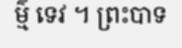
ម៌្ម ទេវ ។ ព្រះបាទ